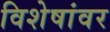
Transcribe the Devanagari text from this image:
विशेषांवर